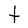
Character: t